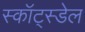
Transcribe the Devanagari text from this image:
स्कॉट्स्डेल